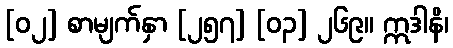
[၀၂] စာမျက်နှာ [၂၅၇] [၀၃] ၂၆၉။ ဣဒါနိ၊